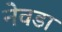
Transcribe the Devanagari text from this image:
नेवडा